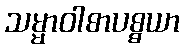
သမ္မာဝါစာပစ္စယာ